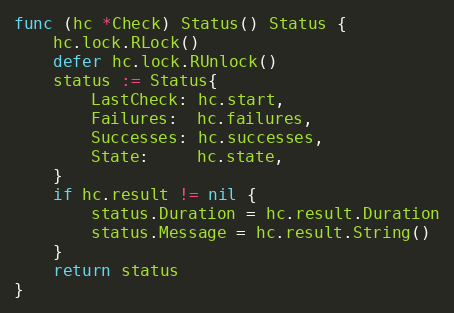
Language: Go
func (hc *Check) Status() Status {
	hc.lock.RLock()
	defer hc.lock.RUnlock()
	status := Status{
		LastCheck: hc.start,
		Failures:  hc.failures,
		Successes: hc.successes,
		State:     hc.state,
	}
	if hc.result != nil {
		status.Duration = hc.result.Duration
		status.Message = hc.result.String()
	}
	return status
}